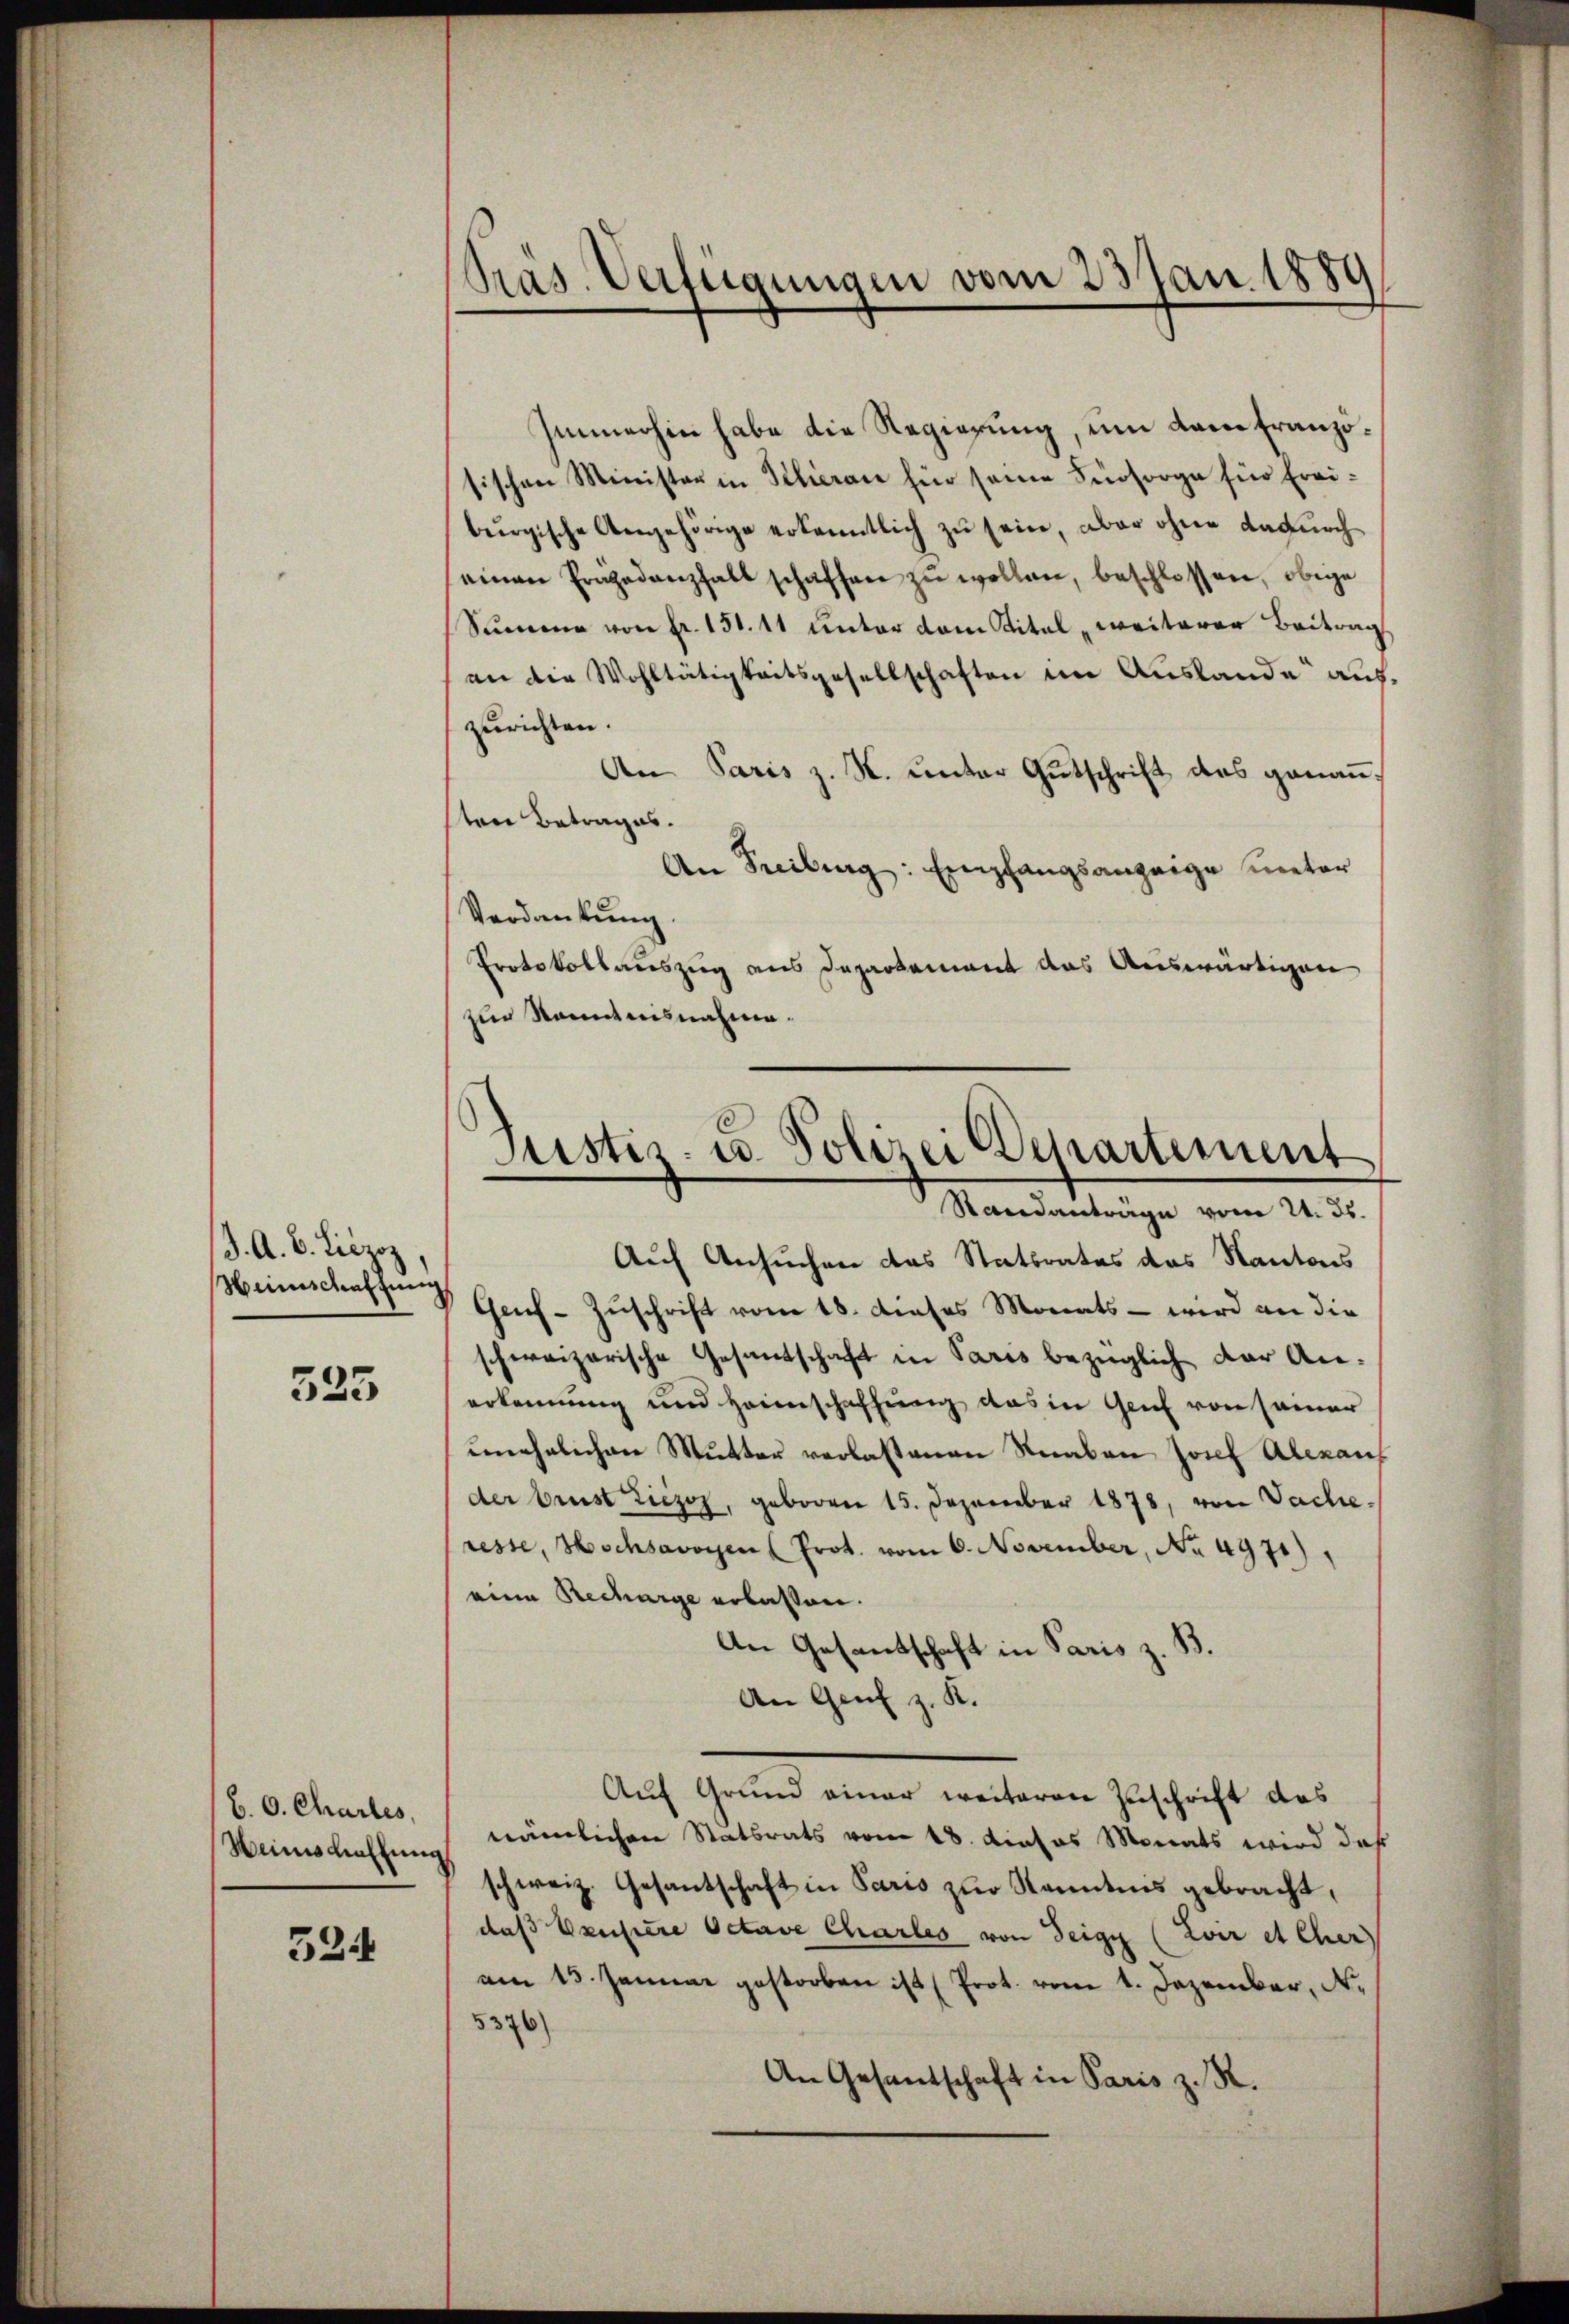
J. A. B. Liezoz
Hinschaftung

535

b. 0. Chartes,
Heinschaffung

334

Immerhin habe die Regierung, um dem französischen Minister in Klieran für seine Fürsorge für Freiburgische Angehörige erkanntlich zu sein, aber ohne dadurch
einen Pragedanzhalt schaffen zŭ wollen, beschlossen, obige
Summe von fr. 151. 11 unter dem Vital weiterer Beitrag
an die Wohltätigkeitsgesellschaften im Auslande auszurichten.
An Paris z. K. unter Gutschrift des genanten Betrages.
An Freiburg: Empfangsanzeige meter
Verdankung.
Protokollauszug aus Departement das Auswärtigen
zur Kenntnisnahme.

Präs. Verfügungen vom 23 Jan. 1889

Justiz- u. Polizei (Separtement
Standanträge vom 24. ds.

Auf Ansuchen das Stattrates das Kantons
Gef-Zŭschrift vom 18. dieses Monats - wird an die
schweizerische Gesandschaft in Paris bezüglich der Anerkennung und Heimschaffung das in Genf von seiner
unehelichen Mutter verlassenen Staaten Josef Alexan
der brust Liezoz, geboren 15. Dezember 1878, von Vache.
resse, Hochsavoyen (Prot. vom 6. November, No. 4971),
eine Recharge erlassen.
An Gesandschaft in Paris z. B.
An Genf z. K.
Auf Grund einer weiteren Zuschrift das
nämlichen Statsrats vom 18. dieses Monats wird daß
schweiz. Gesantschaft in Paris zur Kanntnis gebracht,
daß Pensiere Octave Chartes von Teig (Loir et Cher
am 13. Januar gestorben ist (Prot. vom 1. Dezember, N.
5376)
An Gesandschaft in Paris z. R.